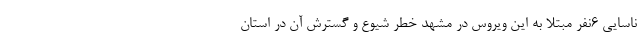
ناسایی ۶نفر مبتلا به این ویروس در مشهد خطر شیوع و گسترش آن در استان